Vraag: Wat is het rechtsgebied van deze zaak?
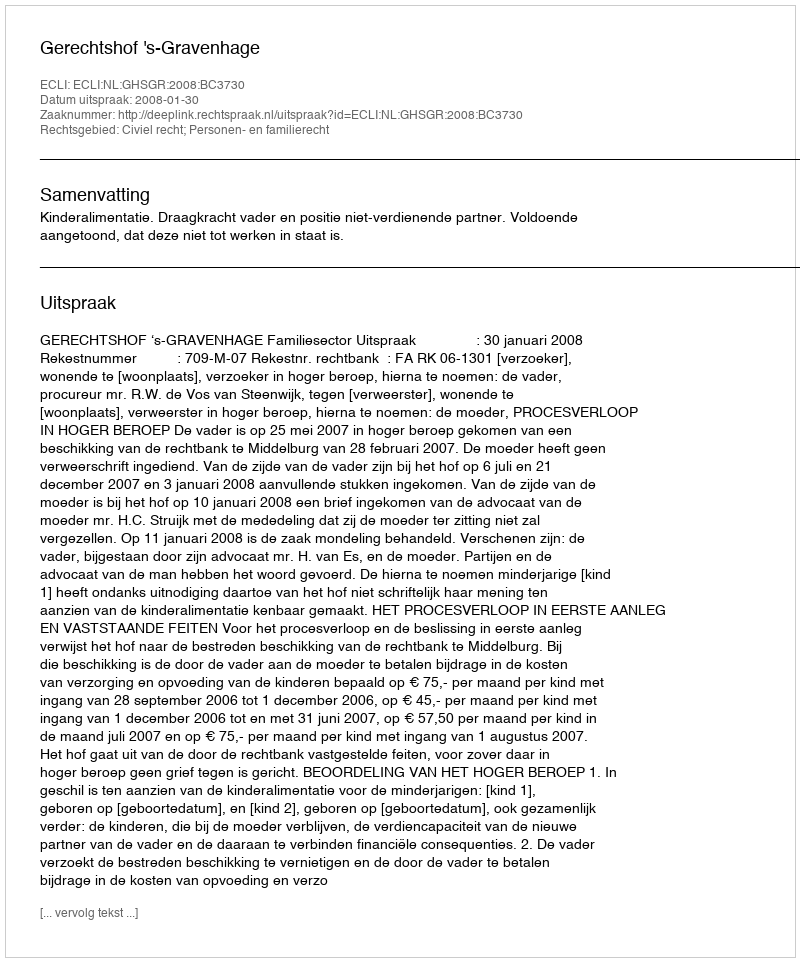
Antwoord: Civiel recht; Personen- en familierecht